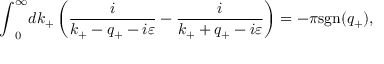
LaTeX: { \int } _ { 0 } ^ { \infty } d k _ { + } \left( \frac { i } { k _ { + } - q _ { + } - i { \varepsilon } } - \frac { i } { k _ { + } + q _ { + } - i { \varepsilon } } \right) = - { \pi } \mathrm { s g n } ( q _ { + } ) ,